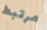
مرتبط